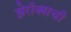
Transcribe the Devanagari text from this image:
झेरॉक्सची